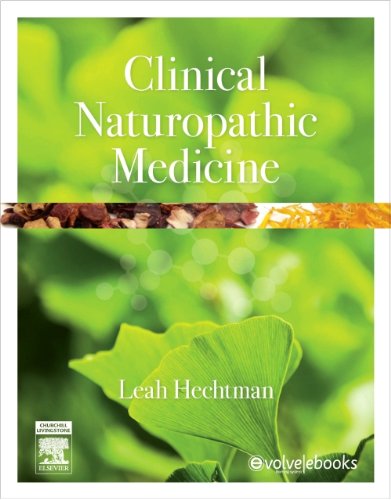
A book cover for Clinical naturopathic medicine, 1e; Leah Hechtman M Sci Med [RHHG] (USYD)  BHSc (UNE)  ND (NCC) MACNEM  MASRM  MATMS  MESHRE  MFSA  MNHAA; Health, Fitness & Dieting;